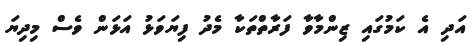
އަދި އެ ކަމުގައި ޒިންމާވާ ފަރާތްތަކާ މެދު ފިޔަވަޅު އަޅަން ވެސް މިދިޔަ